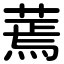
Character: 蔫